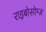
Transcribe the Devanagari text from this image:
राइबोसोम्ज़